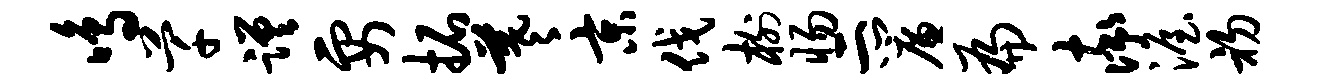
鸣芊蹉要拓羲京伐榭惕二帘扁率渥初